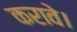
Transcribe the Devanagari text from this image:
करावे।